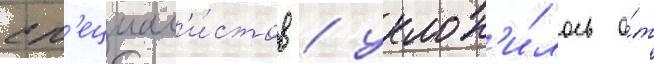
сп'ециал'и́стов / уклон'и́лось о́т